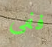
ففى